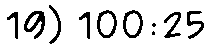
19) 100:25